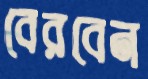
বেরবেন